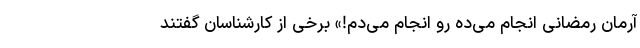
آرمان رمضانی انجام می‌ده رو انجام می‌دم!» برخی از کارشناسان گفتند